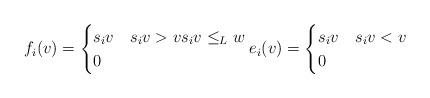
LaTeX: \begin{gather*}f_i(v)=\begin{cases}s_i v & s_i v > v s_i v \le_L w \\0 &\end{cases}e_i(v)=\begin{cases}s_i v & s_i v < v\\0 &\end{cases}\end{gather*}